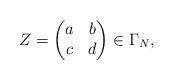
LaTeX: \begin{align*}Z= \begin{pmatrix} a & b \\ c & d \end{pmatrix}\in \Gamma_N,\end{align*}